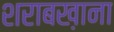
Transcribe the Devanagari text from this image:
शराबख़ाना